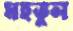
মহতুল